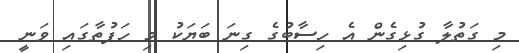
މި ގަތުލާ ގުޅިގެން އެ ހިސާބުގެ ގިނަ ބަޔަކު މި ހަފުތާގައި ވަނީ